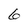
Character: 6